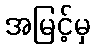
အမြင့်မှ